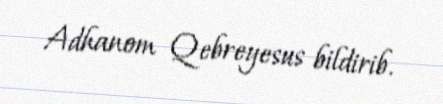
Adhanom Qebreyesus bildirib.